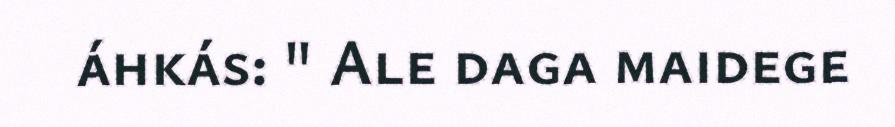
áhkás: " Ale daga maidege